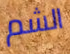
الشم